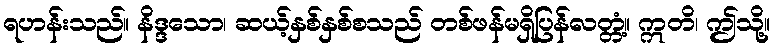
ရဟန်းသည်။ နိဒ္ဒသော၊ ဆယ့်နှစ်နှစ်စသည် တစ်ဖန်မရှိပြန်လတ္တံ့။ ဣတိ၊ ဤသို့။